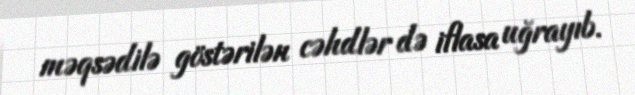
məqsədilə göstərilən cəhdlər də iflasa uğrayıb.